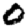
Digit: 0